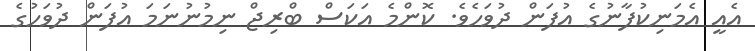
އެއީ އެމަނިކުފާނުގެ އުފަން ދުވަހެވެ. ކޮންމެ އަކަސް ބްރިޖް ނިމުނުނަމަ އުފަން ދުވަހުގެ